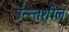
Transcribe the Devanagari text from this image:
उन्न्तशील